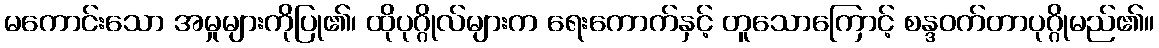
မကောင်းသော အမှုများကိုပြု၏၊ ထိုပုဂ္ဂိုလ်များက ရေးကောက်နှင့် တူသောကြောင့် စန္ဒဝက်တာပုဂ္ဂိုမည်၏။